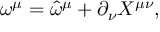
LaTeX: \omega ^ { \mu } = \hat { \omega } ^ { \mu } + \partial _ { \nu } X ^ { \mu \nu } ,